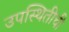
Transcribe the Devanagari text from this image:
उपस्थितीची